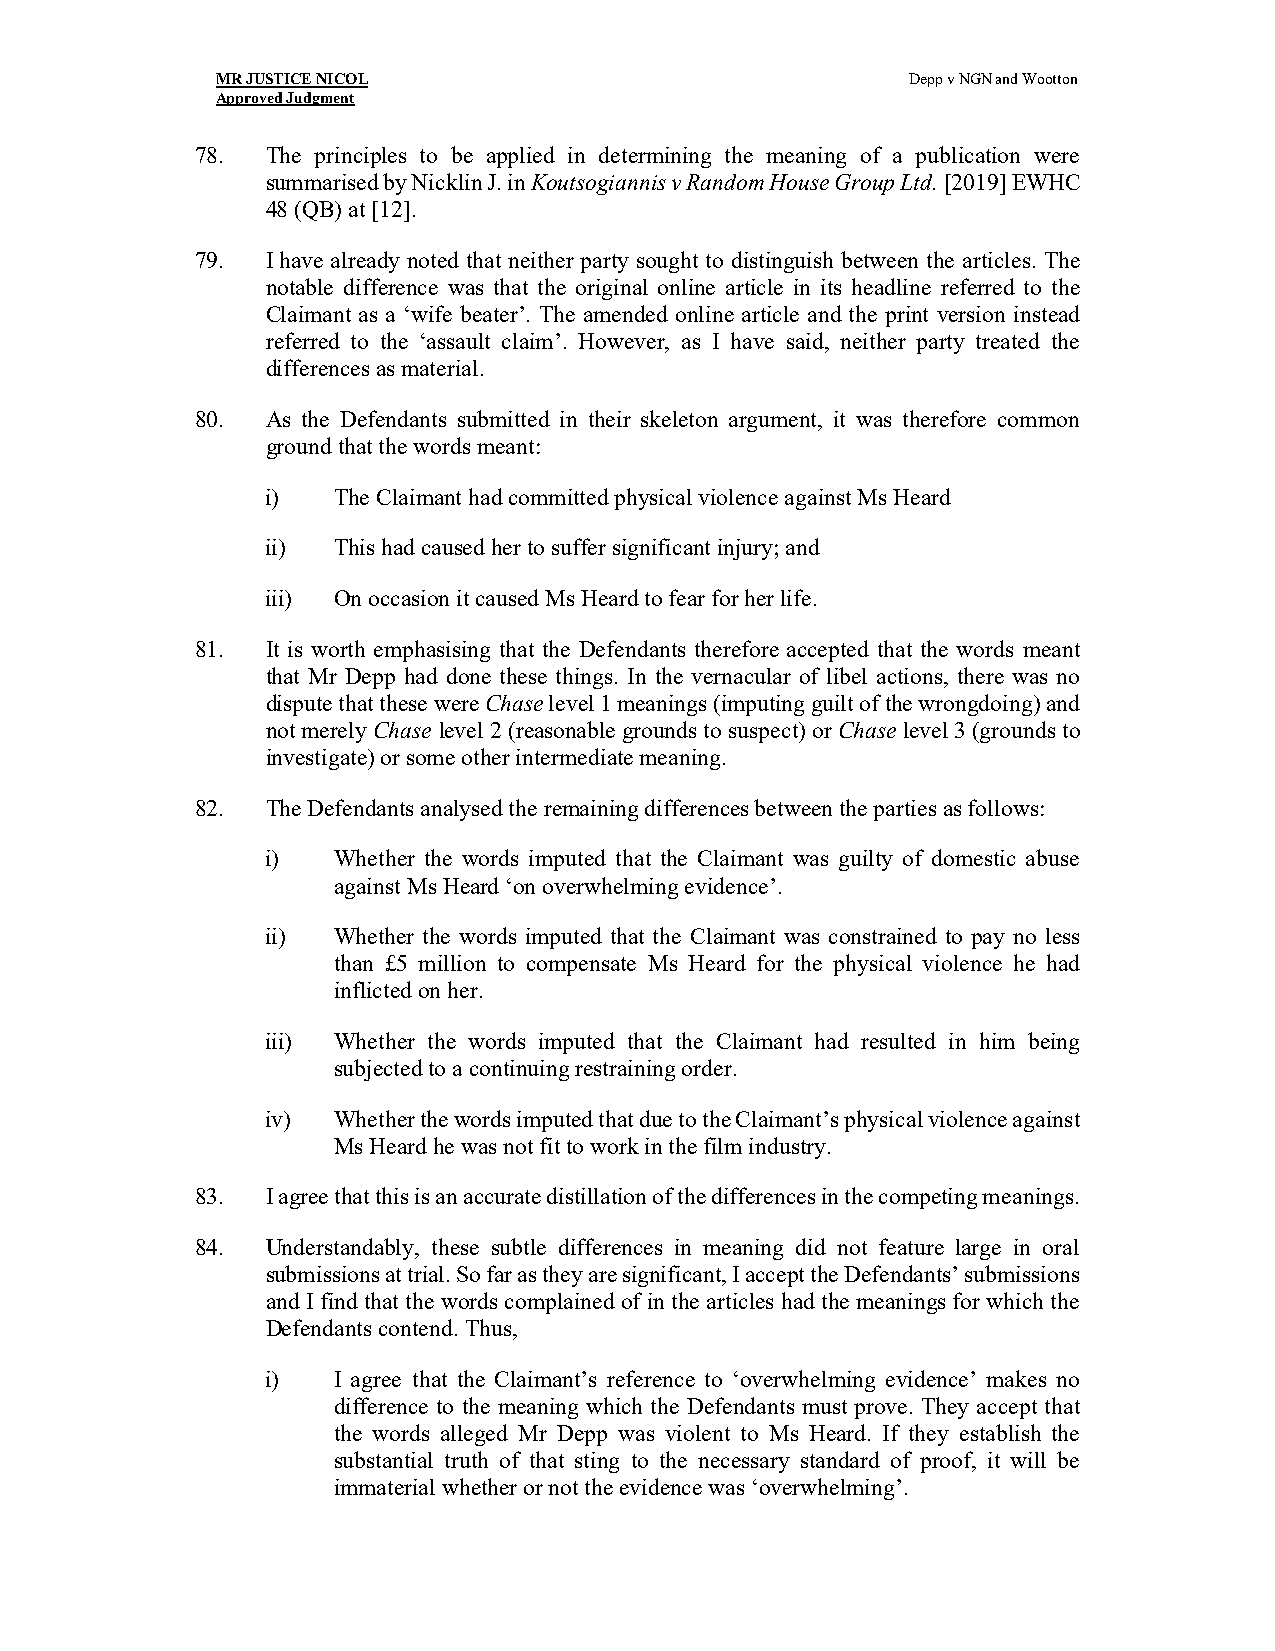
MR JUSTICE NICOL                              Depp v NGN and Wootton
 Approved Judgment
 78.  The principles to be applied in determining the meaning of a publication were
 summarised by Nicklin J. in Koutsogiannis v Random House Group Ltd. [2019] EWHC
 48 (QB) at [12].
 79.  I have already noted that neither party sought to distinguish between the articles. The
 notable difference was that the original online article in its headline referred to the
 Claimant as a ‘wife beater’. The amended online article and the print version instead
 referred to the ‘assault claim’. However, as I have said, neither party treated the
 differences as material.
 80.  As the Defendants submitted in their skeleton argument, it was therefore common
 ground that the words meant:
 i)  The Claimant had committed physical violence against Ms Heard
 ii) This had caused her to suffer significant injury; and
 iii) On occasion it caused Ms Heard to fear for her life.
 81.  It is worth emphasising that the Defendants therefore accepted that the words meant
 that Mr Depp had done these things. In the vernacular of libel actions, there was no
 dispute that these were Chase level 1 meanings (imputing guilt of the wrongdoing) and
 not merely Chase level 2 (reasonable grounds to suspect) or Chase level 3 (grounds to
 investigate) or some other intermediate meaning.
 82.  The Defendants analysed the remaining differences between the parties as follows:
 i)  Whether the words imputed that the Claimant was guilty of domestic abuse
 against Ms Heard ‘on overwhelming evidence’.
 ii) Whether the words imputed that the Claimant was constrained to pay no less
 than £5 million to compensate Ms Heard for the physical violence he had
 inflicted on her.
 iii) Whether the words imputed that the Claimant had resulted in him being
 subjected to a continuing restraining order.
 iv) Whether the words imputed that due to the Claimant’s physical violence against
 Ms Heard he was not fit to work in the film industry.
 83.  I agree that this is an accurate distillation of the differences in the competing meanings.
 84.  Understandably, these subtle differences in meaning did not feature large in oral
 submissions at trial. So far as they are significant, I accept the Defendants’ submissions
 and I find that the words complained of in the articles had the meanings for which the
 Defendants contend. Thus,
 i)  I agree that the Claimant’s reference to ‘overwhelming evidence’ makes no
 difference to the meaning which the Defendants must prove. They accept that
 the words alleged Mr Depp was violent to Ms Heard. If they establish the
 substantial truth of that sting to the necessary standard of proof, it will be
 immaterial whether or not the evidence was ‘overwhelming’.